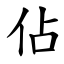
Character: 佔